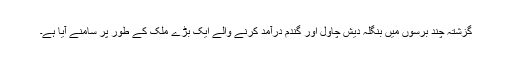
گزشتہ چند برسوں میں بنگلہ دیش چاول اور گندم درآمد کرنے والے ایک بڑے ملک کے طور پر سامنے آیا ہے۔